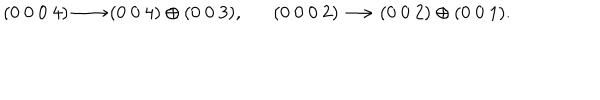
LaTeX: ( 0 ~ 0 ~ 0 ~ 4 ) \longrightarrow ( 0 ~ 0 ~ 4 ) \oplus ( 0 ~ 0 ~ 3 ) , ~ ~ \, \, ( 0 ~ 0 ~ 0 ~ 2 ) \longrightarrow ( 0 ~ 0 ~ 2 ) \oplus ( 0 ~ 0 ~ 1 ) .